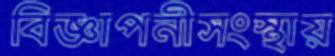
বিজ্ঞাপনীসংস্থায়